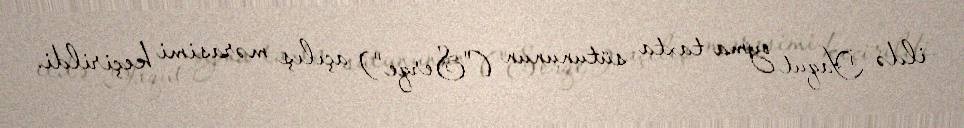
ildə Yaqut oyma taxta sütununun ("Serqe") açılış mərasimi keçirildi.